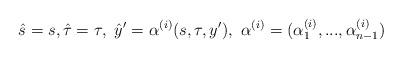
LaTeX: \begin{align*}\hat s=s,\hat\tau=\tau,\ \hat y'=\alpha^{(i)}(s,\tau,y'),\ \alpha^{(i)}=(\alpha_1^{(i)},...,\alpha_{n-1}^{(i)})\end{align*}